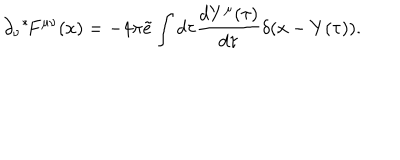
LaTeX: \partial _ { \nu } { } ^ { * } \! F ^ { \mu \nu } ( x ) = - 4 \pi \tilde { e } \int d \tau \frac { d Y ^ { \mu } ( \tau ) } { d \tau } \delta ( x - Y ( \tau ) ) .